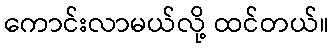
ကောင်းလာမယ်လို့ ထင်တယ်။